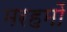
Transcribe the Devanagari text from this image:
मरहमों